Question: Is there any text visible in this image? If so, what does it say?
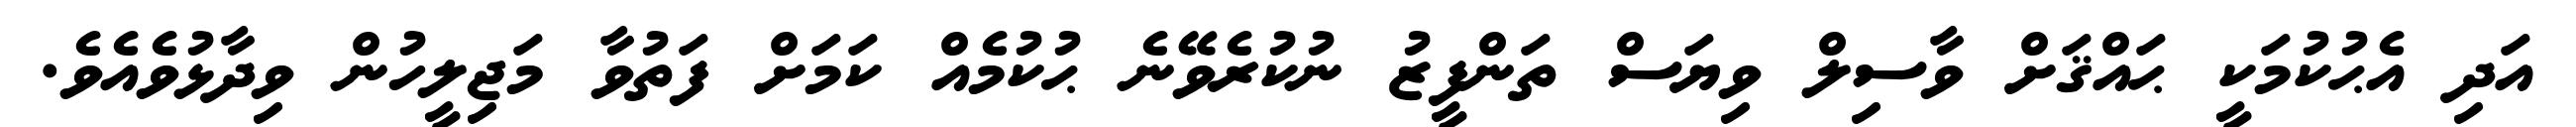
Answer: އަދި އެޙުކުމަކީ ޙައްޤަށް ވާސިލް ވިޔަސް ތަންފީޒު ނުކުރެވޭނެ ޙުކުމެއް ކަމަށް ފަތުވާ މަޖިލީހުން ވިދާޅުވެއެވެ.